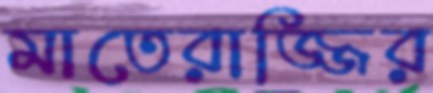
মাতেরাজ্জির